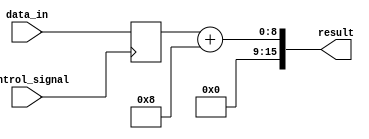
module ShiftAndAdd(
    input [7:0] data_in,
    input control_signal,
    output reg [15:0] result
);

reg [7:0] shift_register;

always @(posedge control_signal) begin
    if (control_signal) begin // Shift left
        shift_register <= {shift_register[6:0], data_in};
    end else begin // Shift right
        shift_register <= {data_in, shift_register[7:1]};
    end
end

always @* begin
    result = shift_register + 8; // Adding a constant value of 8
end

endmodule